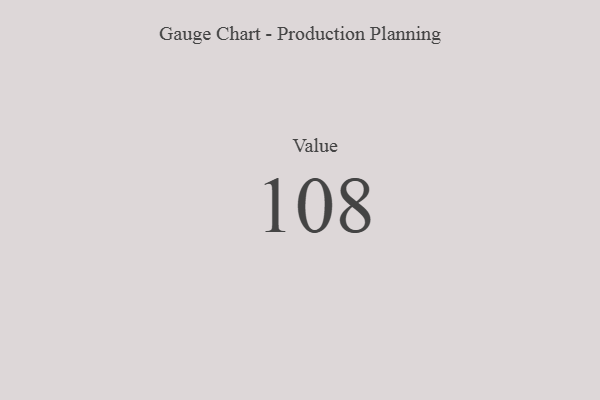
{"axis": {"x": "Metric", "y": "Value"}, "legend": [""], "data": [{"x": "Value", "y": 108, "type": ""}]}